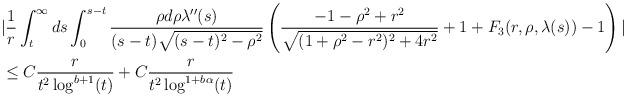
LaTeX: \begin{align*} &|\frac{1}{r} \int_{t}^{\infty} ds \int_{0}^{s-t} \frac{\rho d\rho \lambda''(s)}{(s-t)\sqrt{(s-t)^{2}-\rho^{2}}} \left(\frac{-1-\rho^{2}+r^{2}}{\sqrt{(1+\rho^{2}-r^{2})^{2}+4r^{2}}} + 1 + F_{3}(r,\rho,\lambda(s))-1 \right)|\\&\leq C \frac{r}{t^{2} \log^{b+1}(t)} + C \frac{r}{t^{2} \log^{1+b\alpha}(t)}\end{align*}